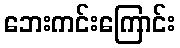
ဘေးကင်းကြောင်း